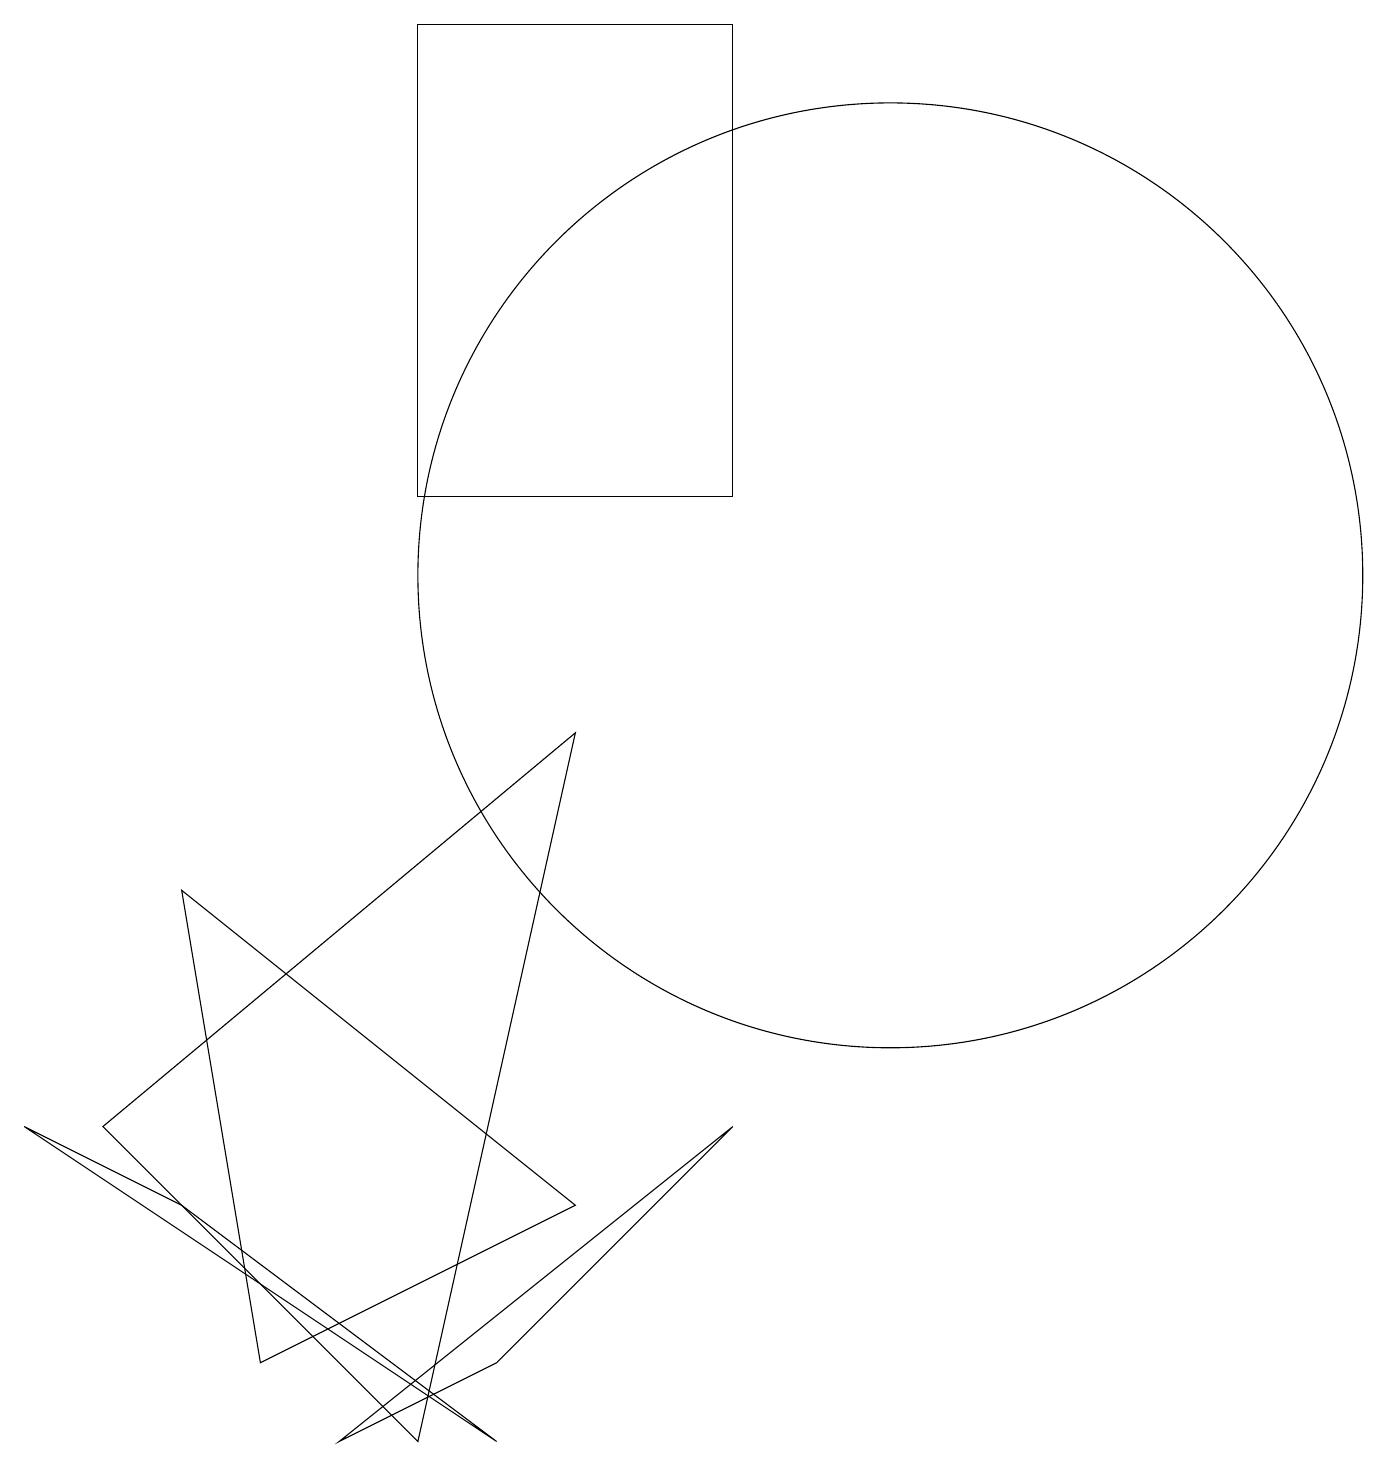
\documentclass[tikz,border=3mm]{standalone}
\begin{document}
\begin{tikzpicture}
\draw (2,7) -- (7,3) -- (3,1) -- cycle;
\draw (11,11) circle (6);
\draw (9,12) rectangle (5,18);
\draw (5,0) -- (1,4) -- (7,9) -- cycle;
\draw (2,3) -- (0,4) -- (6,0) -- cycle;
\draw (4,0) -- (9,4) -- (6,1) -- cycle;
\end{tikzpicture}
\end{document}